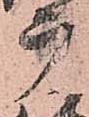
广